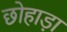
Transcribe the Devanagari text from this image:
छोहाड़ा